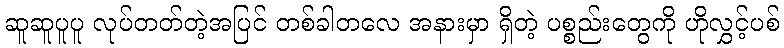
ဆူဆူပူပူ လုပ်တတ်တဲ့အပြင် တစ်ခါတလေ အနားမှာ ရှိတဲ့ ပစ္စည်းတွေကို ဟိုလွှင့်ပစ်